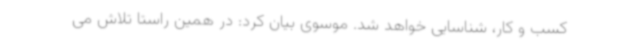
کسب و کار، شناسایی خواهد شد. موسوی بیان کرد: در همین راستا تلاش می